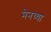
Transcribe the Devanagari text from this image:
मेनच्या